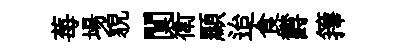
莓場貌闃衛顯迨食欝籜